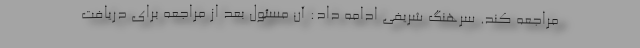
مراجعه کند. سرهنگ شریفی ادامه داد: آن مسئول بعد از مراجعه برای دریافت